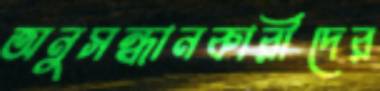
অনুসন্ধানকারীদের